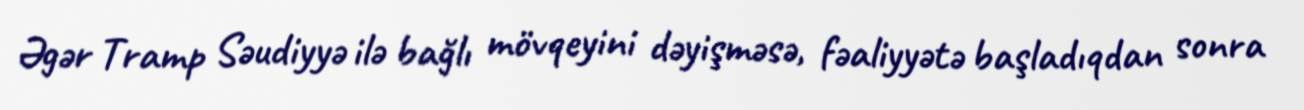
Əgər Tramp Səudiyyə ilə bağlı mövqeyini dəyişməsə, fəaliyyətə başladıqdan sonra